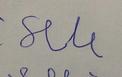
Signature authenticity: forged